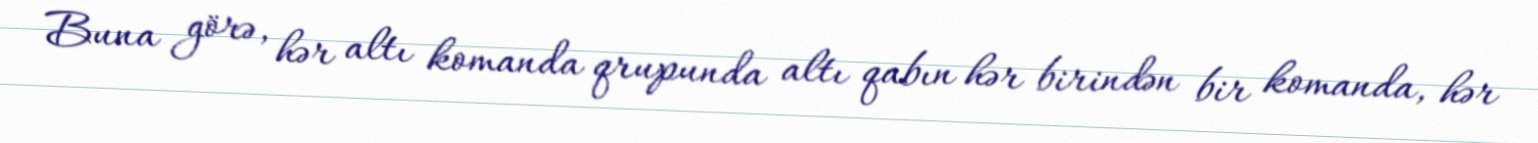
Buna görə, hər altı komanda qrupunda altı qabın hər birindən bir komanda, hər